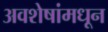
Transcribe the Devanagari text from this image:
अवशेषांमधून